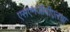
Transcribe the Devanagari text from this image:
एसएनजीपीएलचा